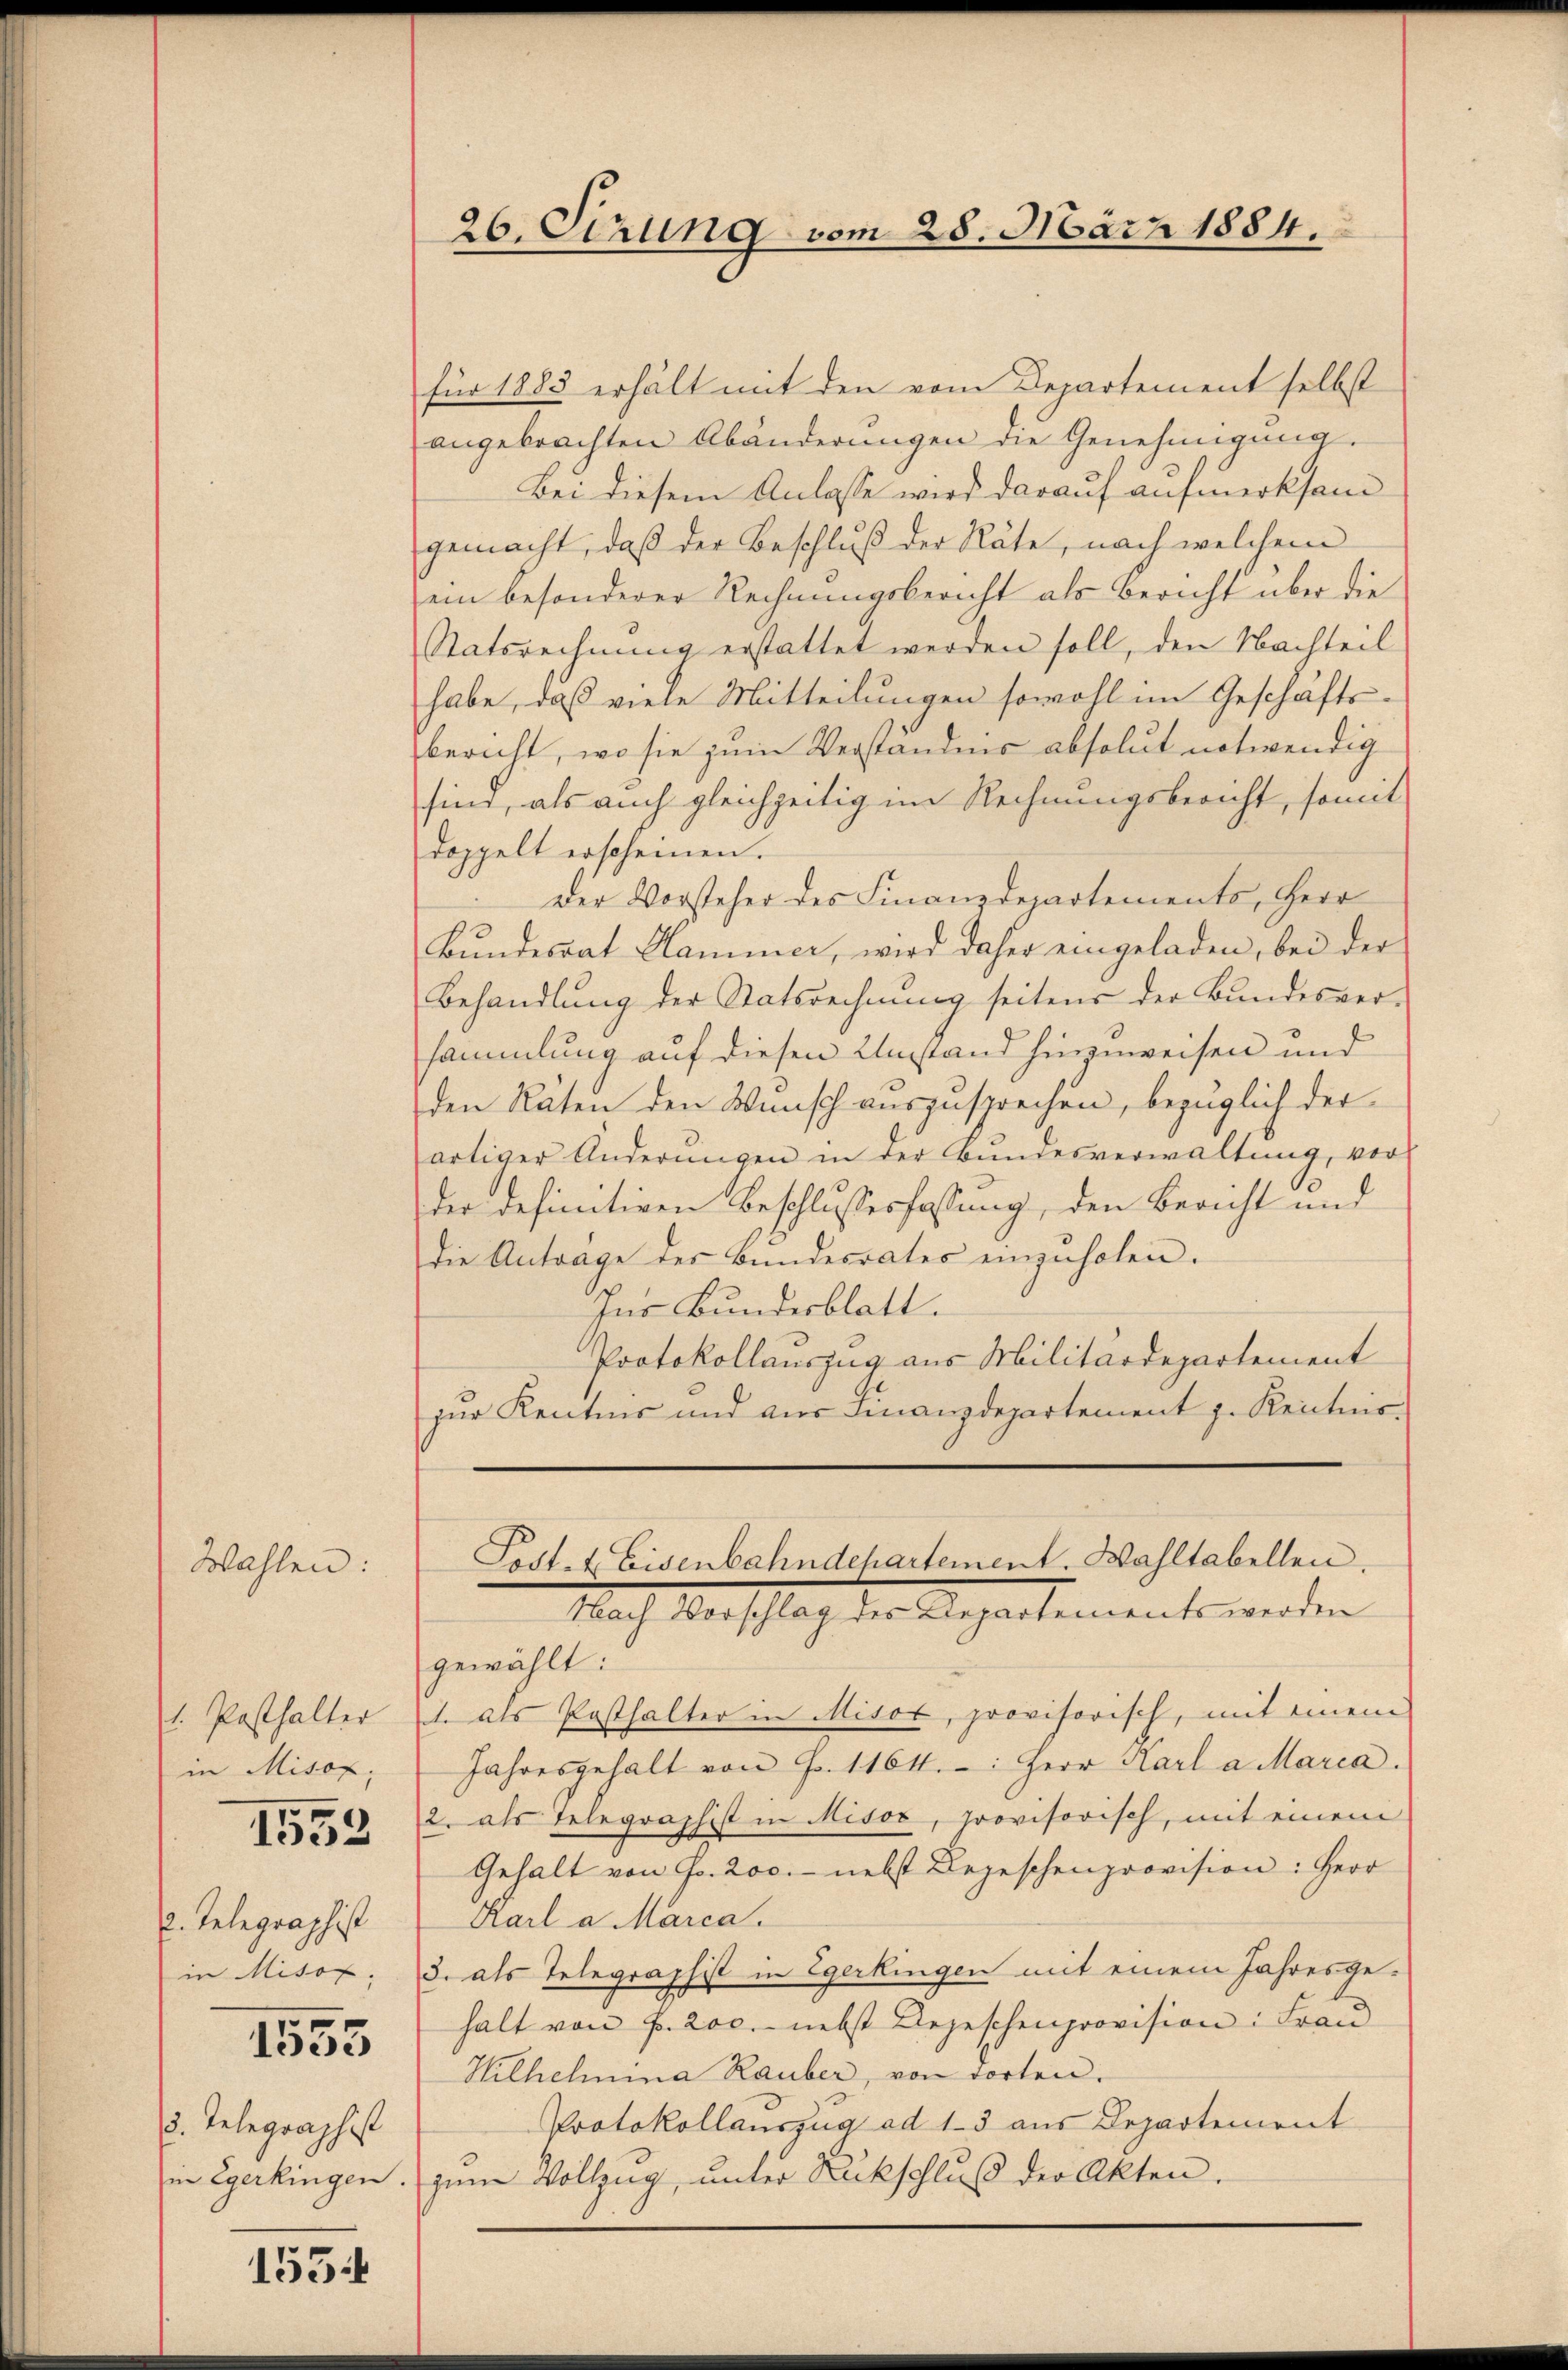
Wahlen:

1. Pasthalter
in Misox,

1553

u. Telegraphist
in Misox,
5. Telegraphist

1553

1554

26. Serung vom 28. März 1884.

für 1883 erhält mit den vom Departement selbst
angebrachten Abänderungen die Genehmigung.
Bei diesem Anlasse wird darauf aufmerksam
gemacht, daß der Beschluß der Räte, nach welchem
ein besonderer Rechnungsbericht als Bericht über die
Statsrechnung erstattet werden soll, den Nachteil
habe, daß viele Mitteilungen sowohl im Geschäfts-
bericht, wo sie zum Verständnis absolut notwendig
sind, als auch gleichzeitig im Rechnungsbericht, somit
doppelt erscheinen.
Der Vorsteher des Finanzdepartements, Herr
Bundesrat Hammer, wird daher eingeladen, bei der
Behandlŭng der Statsrechnŭng seitens der Bundesver-
sammlung auf diesen Umstand hinzuweisen und
den Räten den Wunsch auszusprechen, bezüglich der
artiger Änderungen in der Bundesverwaltung, vorder definitiven Beschlussesfassung, den Bericht und
die Antrage des Bundesrates einzŭholen.
Ins Bundesblatt.
Protokollauszug aus Militärdepartement
zur Kentnis und aus Finanzdepartement J. Kenntnis.

Post- & Eisenbahndepartement. Wahltabellen.
Nach Verschlag der Repartements werden

gewählt:
1. als Posthalter in Misor, provisorisch, mit einem
Jahresgehalt von Fr. 1164. Herr Karl a Maria.
2. als Telegraphist in Misox, provisorisch, mit einem
Gehalt von Fr. 200.- nebst Begeschenprovision: Herr
Karl a Marca.
3. als Telegraphist in Egerkingen mit einem Jahresgehalt von f. 200.- nebst Angeschenprovision: Frau
Hilhelmina Rauber, von Torten.
Protokollauszug ad 1. 3 aus Departement
in Egerkingen. zum Vollzug, unter Rückschluß der Akten.